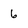
Character: 6